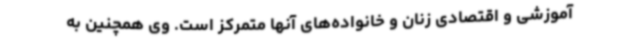
آموزشی و اقتصادی زنان و خانواده‌های آنها متمرکز است. وی همچنین به